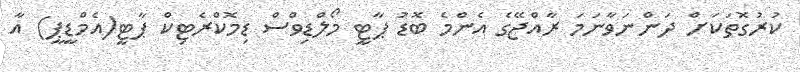
ކުރުގޮތަކަށް ދަންނަވާނަމަ ރާއްޖޭގެ އެންމެ ބޮޑު ޕާޓީ މޯލްޑިވްސް ޑިމޮކްރެޓިކް ޕާޓީ(އެމްޑީޕީ) އާ